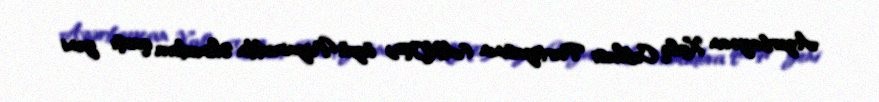
Azərbaycan Xalq Cəbhəsi Partiyasının (AXCP) üzvü Niyaməddin Əhmədova qarşı yeni